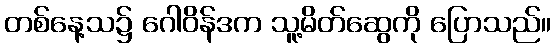
တစ်နေ့သ၌ ဂေါဝိန်ဒက သူ့မိတ်ဆွေကို ပြောသည်။